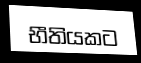
භීතියකට